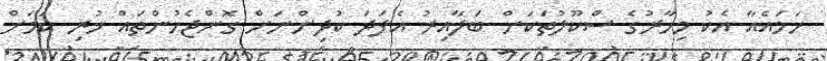
ހަމައެއާ އެކު މިހާރުގެ ސްކޫލުތަކަށް ބަލާއިރު އެފަދަ ކުދިންނަށް ގޮންޖެހުންތައް ހުރި ކަމަށް